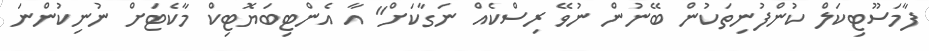
ފާމަސޫޓިކަލް ކުންފުނިތަކުން ބޭނުން ނުވޭ ރިސްކެއް ނަގާކަށް" އާ އެންޓިބަޔޮޓިކް މާކެޓަށް ނުނިކުންނަ